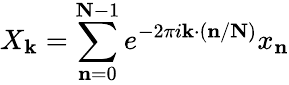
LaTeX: X_{\mathbf{k}}=\sum_{\mathbf{n}=0}^{\mathbf{N}-1}e^{-2\pi i\mathbf{k}\cdot(\mathbf{n}/\mathbf{N})}x_{\mathbf{n}}